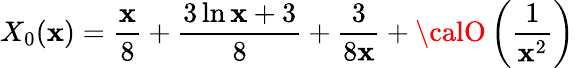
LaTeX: X_{0}(\mathbf{x})=\frac{{\mathbf{x}}}{{8}}+\frac{{3\ln\mathbf{x}+3}}{{8}}+\frac{{3}}{{8\mathbf{x}}}+{\calO}\left(\frac{{1}}{{\mathbf{x}^{2}}}\right)